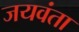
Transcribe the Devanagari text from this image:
जयवंता